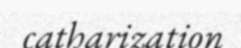
catharization